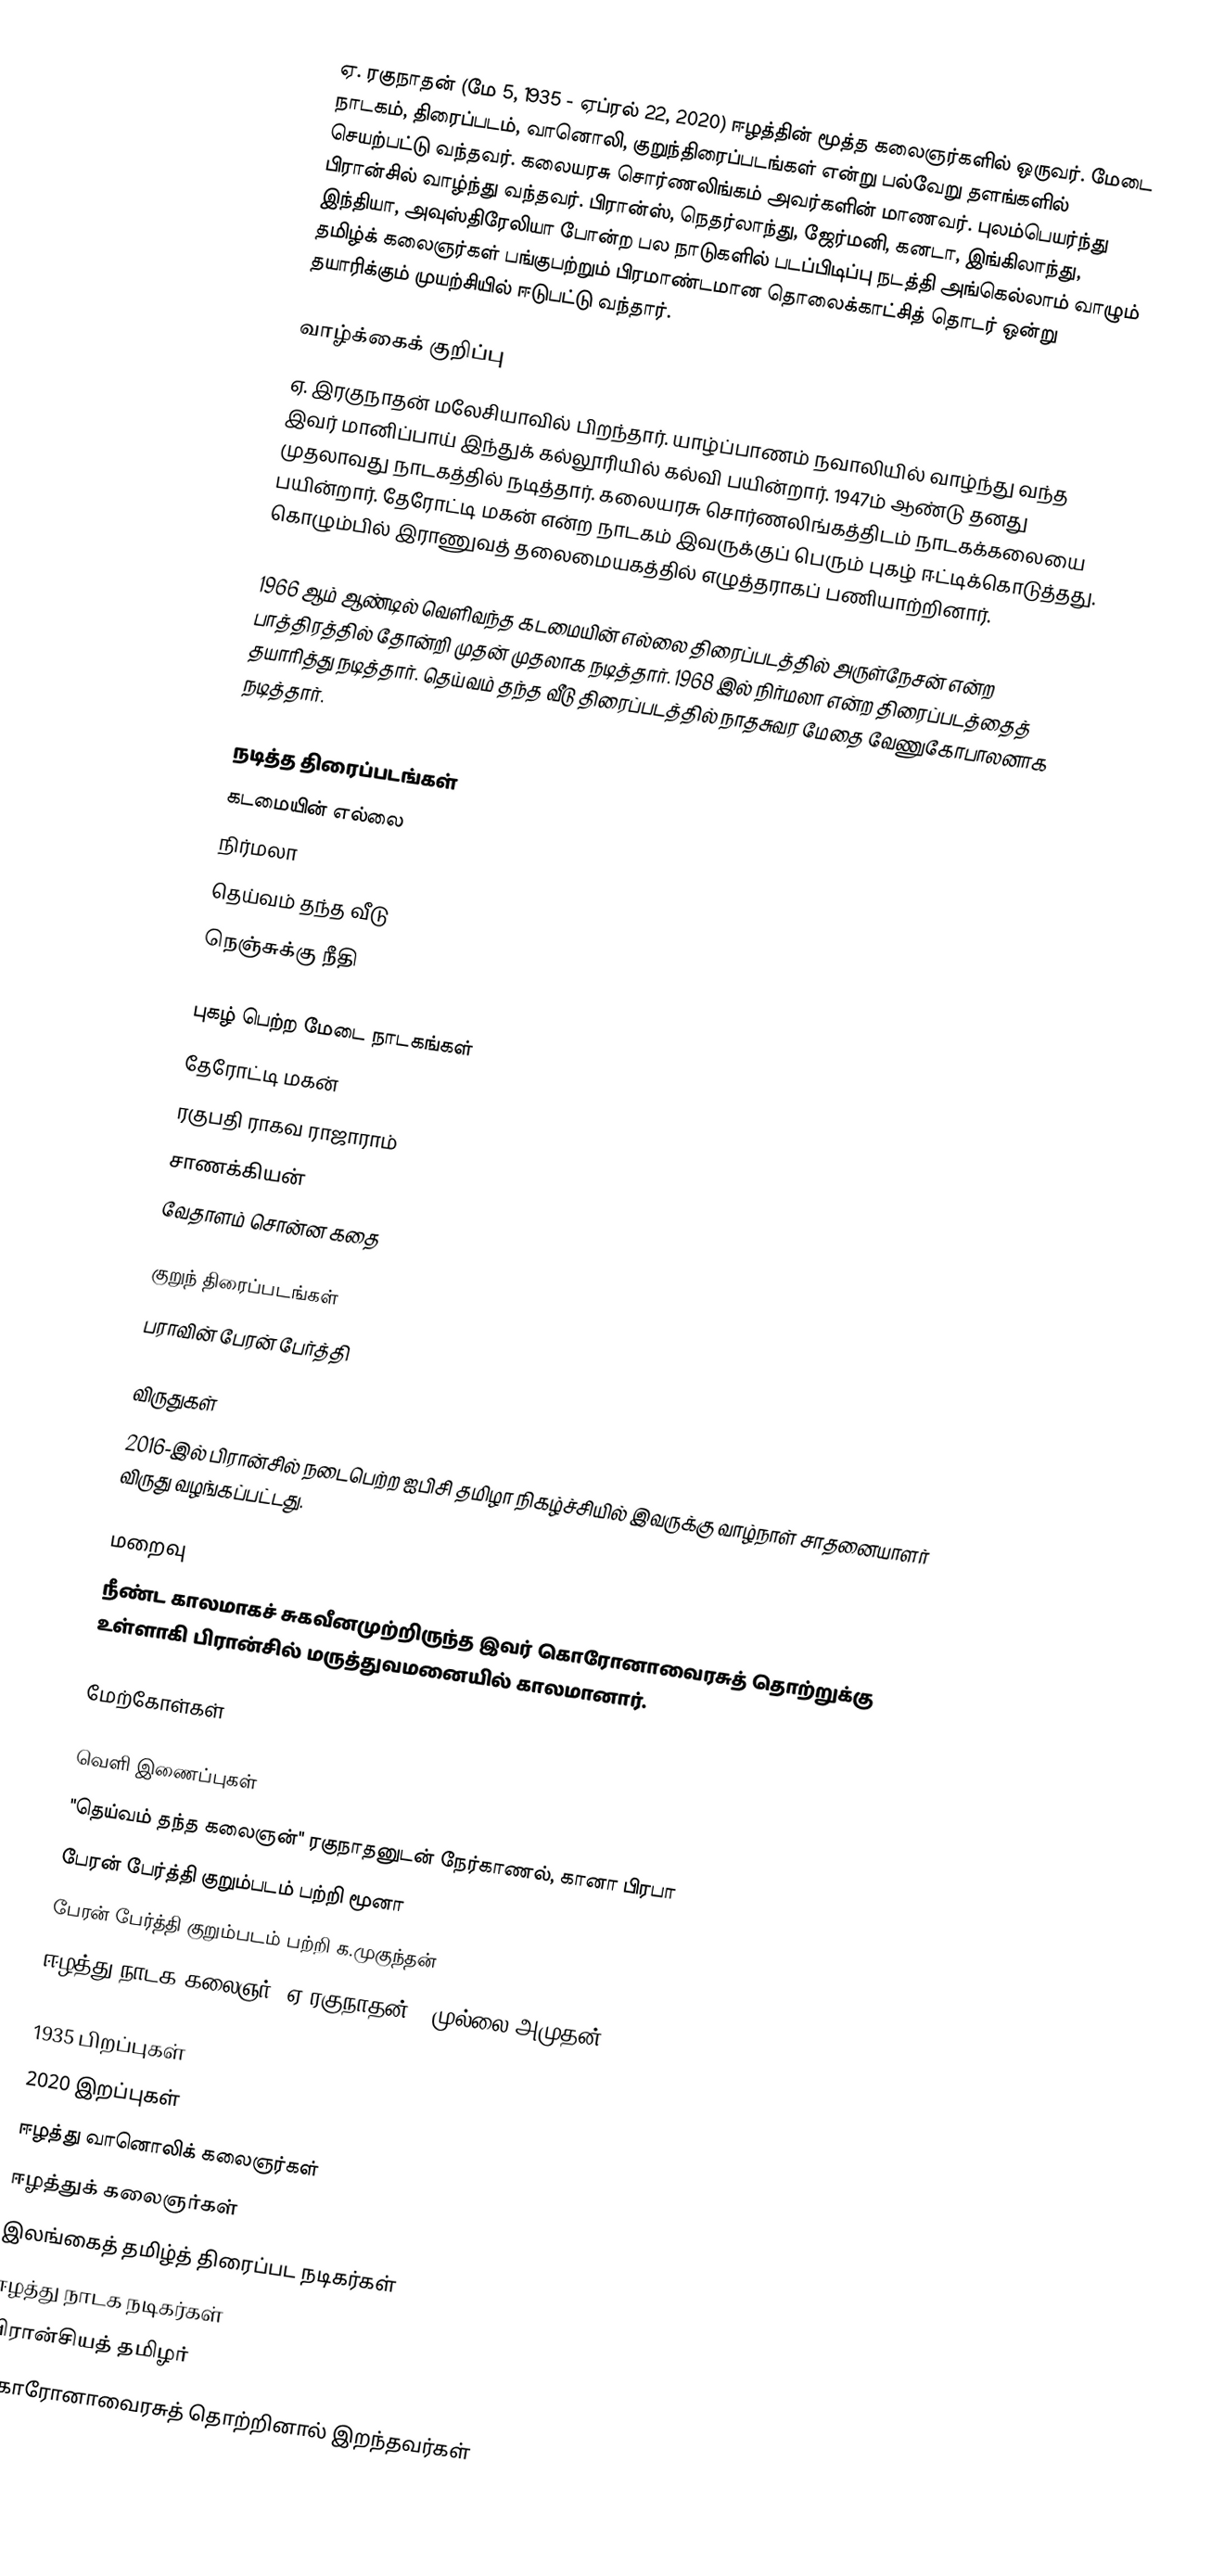
ஏ. ரகுநாதன் (மே 5, 1935 - ஏப்ரல் 22, 2020) ஈழத்தின் மூத்த கலைஞர்களில் ஒருவர். மேடை நாடகம், திரைப்படம், வானொலி, குறுந்திரைப்படங்கள் என்று பல்வேறு தளங்களில் செயற்பட்டு வந்தவர். கலையரசு சொர்ணலிங்கம் அவர்களின் மாணவர். புலம்பெயர்ந்து பிரான்சில் வாழ்ந்து வந்தவர். பிரான்ஸ், நெதர்லாந்து, ஜேர்மனி, கனடா, இங்கிலாந்து, இந்தியா, அவுஸ்திரேலியா போன்ற பல நாடுகளில் படப்பிடிப்பு நடத்தி அங்கெல்லாம் வாழும் தமிழ்க் கலைஞர்கள் பங்குபற்றும் பிரமாண்டமான தொலைக்காட்சித் தொடர் ஒன்று தயாரிக்கும் முயற்சியில் ஈடுபட்டு வந்தார்.

வாழ்க்கைக் குறிப்பு
ஏ. இரகுநாதன் மலேசியாவில் பிறந்தார். யாழ்ப்பாணம் நவாலியில் வாழ்ந்து வந்த இவர் மானிப்பாய் இந்துக் கல்லூரியில் கல்வி பயின்றார். 1947ம் ஆண்டு தனது முதலாவது நாடகத்தில் நடித்தார். கலையரசு சொர்ணலிங்கத்திடம் நாடகக்கலையை பயின்றார். தேரோட்டி மகன் என்ற நாடகம் இவருக்குப் பெரும் புகழ் ஈட்டிக்கொடுத்தது. கொழும்பில் இராணுவத் தலைமையகத்தில் எழுத்தராகப் பணியாற்றினார்.

1966 ஆம் ஆண்டில் வெளிவந்த கடமையின் எல்லை திரைப்படத்தில் அருள்நேசன் என்ற பாத்திரத்தில் தோன்றி முதன் முதலாக நடித்தார். 1968 இல் நிர்மலா என்ற திரைப்படத்தைத் தயாரித்து நடித்தார். தெய்வம் தந்த வீடு திரைப்படத்தில் நாதசுவர மேதை வேணுகோபாலனாக நடித்தார்.

நடித்த திரைப்படங்கள்
 கடமையின் எல்லை
 நிர்மலா
 தெய்வம் தந்த வீடு
 நெஞ்சுக்கு நீதி

புகழ் பெற்ற மேடை நாடகங்கள்
 தேரோட்டி மகன்
 ரகுபதி ராகவ ராஜாராம்
 சாணக்கியன்
 வேதாளம் சொன்ன கதை

குறுந் திரைப்படங்கள்
 பராவின் பேரன் பேர்த்தி

விருதுகள்
2016-இல் பிரான்சில் நடைபெற்ற ஐபிசி தமிழா நிகழ்ச்சியில் இவருக்கு வாழ்நாள் சாதனையாளர் விருது வழங்கப்பட்டது.

மறைவு
நீண்ட காலமாகச் சுகவீனமுற்றிருந்த இவர் கொரோனாவைரசுத் தொற்றுக்கு உள்ளாகி பிரான்சில் மருத்துவமனையில் காலமானார்.

மேற்கோள்கள்

வெளி இணைப்புகள்
 "தெய்வம் தந்த கலைஞன்" ரகுநாதனுடன் நேர்காணல், கானா பிரபா
 பேரன் பேர்த்தி குறும்படம் பற்றி மூனா
 பேரன் பேர்த்தி குறும்படம் பற்றி க.முகுந்தன்
 ஈழத்து நாடக கலைஞர். ஏ.ரகுநாதன்!, முல்லை அமுதன்

1935 பிறப்புகள்
2020 இறப்புகள்
ஈழத்து வானொலிக் கலைஞர்கள்
ஈழத்துக் கலைஞர்கள்
இலங்கைத் தமிழ்த் திரைப்பட நடிகர்கள்
ஈழத்து நாடக நடிகர்கள்
பிரான்சியத் தமிழர்
கொரோனாவைரசுத் தொற்றினால் இறந்தவர்கள்